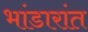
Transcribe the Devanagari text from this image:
भांडारांत